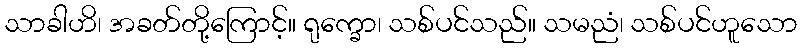
သာခါဟိ၊ အခတ်တို့ကြောင့်။ ရုက္ခော၊ သစ်ပင်သည်။ သမညံ၊ သစ်ပင်ဟူသော